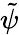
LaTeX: \tilde{\psi}